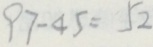
9 7 - 4 5 = 5 2